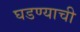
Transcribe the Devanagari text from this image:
घडण्याची